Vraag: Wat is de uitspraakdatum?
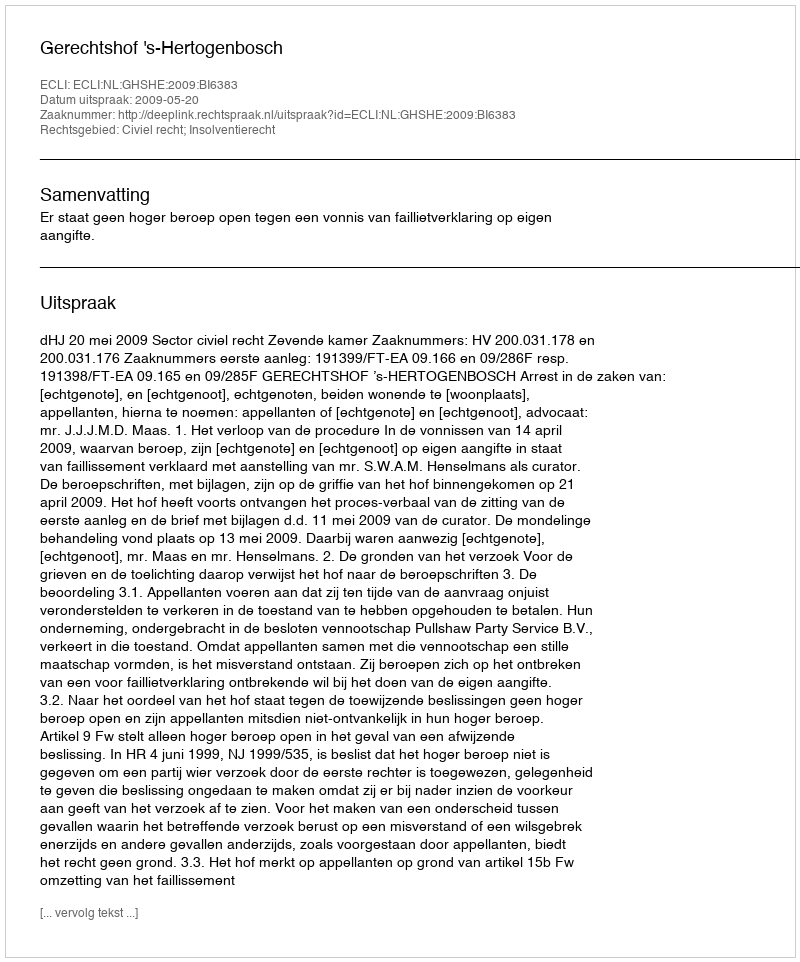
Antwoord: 2009-05-20